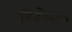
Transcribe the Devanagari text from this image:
विष्ठेकडे